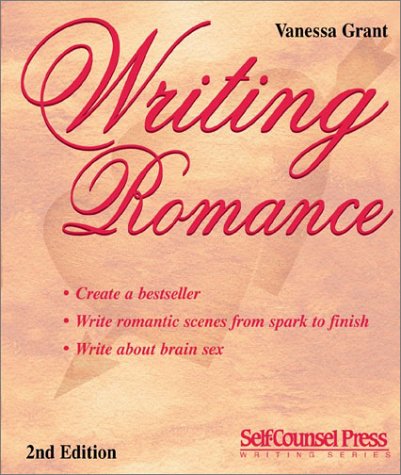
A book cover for Writing Romance (Self-Counsel Writing); Vanessa Grant; Romance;